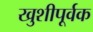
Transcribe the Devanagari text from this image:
खुशीपूर्वक